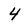
Character: 4